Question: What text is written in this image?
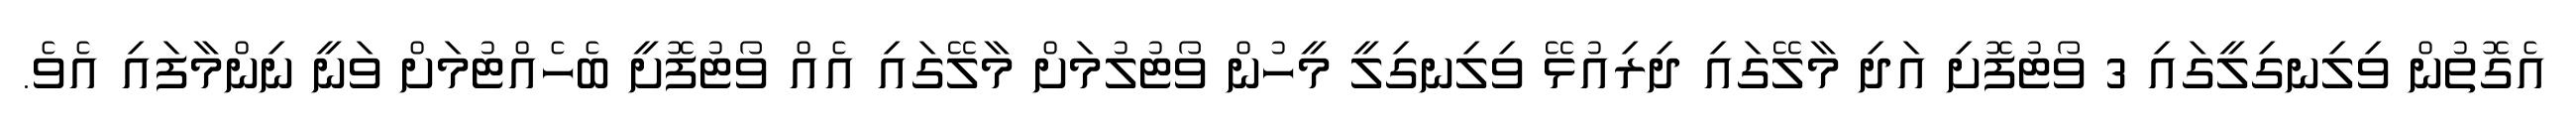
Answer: އެގޮތުން ވިލިނގިލީގައި 3 ވޯޓުފޮށި އަދި މާލޭގައި ދިރިއުޅޭ ވިލިނގިލީ މީހުން ވޯޓުލުމަށް މާލޭގައި އެއް ވޯޓުފޮށީ ބެހެއްޓުމަށް ވަނީ ނިންމާފައި އެވެ.